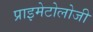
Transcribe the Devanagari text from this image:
प्राइमेटोलोजी